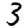
Digit: 3